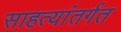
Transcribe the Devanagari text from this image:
साहत्यांतर्गत